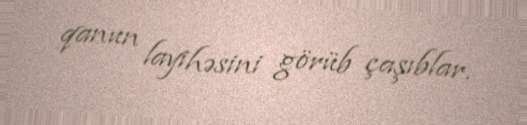
qanun layihəsini görüb çaşıblar.